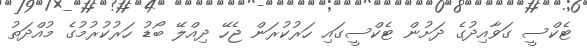
ޓެކްސީ ގަވާއިދުގެ ދަށުން ޓެކްސީގައި ހަރުކުރަން ޖެހޭ ދިއްލޭ ބޯޑު ހަރުކުރުމުގެ މުއްދަތު